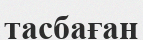
тасбаған